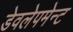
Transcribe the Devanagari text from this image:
डेवलेपमेन्ट